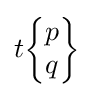
t{\begin{Bmatrix}p\\q\end{Bmatrix}}